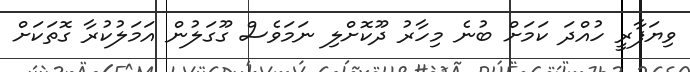
ވިޔަފާރީ ހުއްދަ ކަމަށް ބުނެ މިހާރު ދޫކޮށްލި ނަމަވެސް ގޫގަލުން އަމަލުކުރާ ގޮތަކަށް